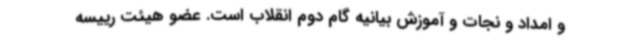
و امداد و نجات و آموزش بیانیه گام دوم انقلاب است. عضو هیئت رییسه